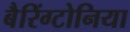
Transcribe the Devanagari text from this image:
बैरिंग्टोनिया